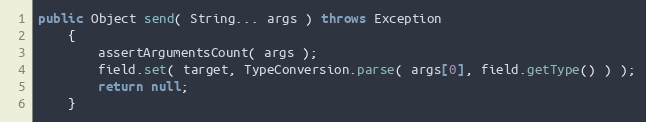
Language: Java
public Object send( String... args ) throws Exception
    {
        assertArgumentsCount( args );
        field.set( target, TypeConversion.parse( args[0], field.getType() ) );
        return null;
    }